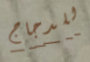
للدجاج